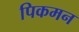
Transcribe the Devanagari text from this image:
पिकमन